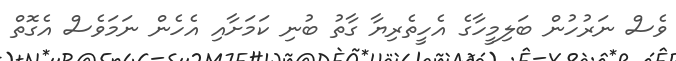
ވެސް ނަރުހުން ބަލިމީހާގެ އެހީތެރިޔާ ގާތު ބުނި ކަމަށާއި އެހެން ނަމަވެސް އެގޮތް